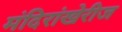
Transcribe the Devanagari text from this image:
मंदिरांखेरीज